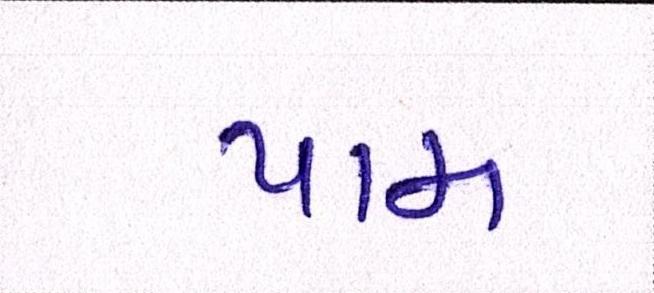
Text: પામ